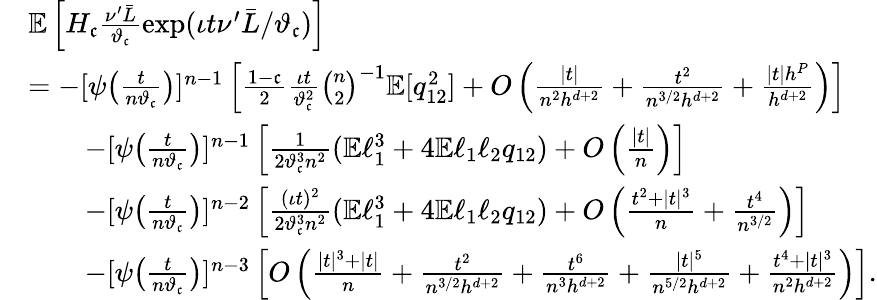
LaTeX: \begin{array}{rl}&{\mathbb{E}\left[H_{\mathfrak{c}}\frac{\nu^{\prime}\bar{L}}{\vartheta_{\mathfrak{c}}}\exp(\iota t\nu^{\prime}\bar{L}/\vartheta_{\mathfrak{c}})\right]}\\ &{=-[\psi\big(\frac{t}{n\vartheta_{\mathfrak{c}}}\big)]^{n-1}\left[\frac{1-\mathfrak{c}}{2}\frac{\iota t}{\vartheta_{\mathfrak{c}}^{2}}\binom{n}{2}^{-1}\mathbb{E}[q_{12}^{2}]+O\left(\frac{|t|}{n^{2}h^{d+2}}+\frac{t^{2}}{n^{3/2}h^{d+2}}+\frac{|t|h^{P}}{h^{d+2}}\right)\right]}\\ &{\qquad-[\psi\big(\frac{t}{n\vartheta_{\mathfrak{c}}}\big)]^{n-1}\left[\frac{1}{2\vartheta_{\mathfrak{c}}^{3}n^{2}}(\mathbb{E}\ell_{1}^{3}+4\mathbb{E}\ell_{1}\ell_{2}q_{12})+O\left(\frac{|t|}{n}\right)\right]}\\ &{\qquad-[\psi\big(\frac{t}{n\vartheta_{\mathfrak{c}}}\big)]^{n-2}\left[\frac{(\iota t)^{2}}{2\vartheta_{\mathfrak{c}}^{3}n^{2}}(\mathbb{E}\ell_{1}^{3}+4\mathbb{E}\ell_{1}\ell_{2}q_{12})+O\left(\frac{t^{2}+|t|^{3}}{n}+\frac{t^{4}}{n^{3/2}}\right)\right]}\\ &{\qquad-[\psi\big(\frac{t}{n\vartheta_{\mathfrak{c}}}\big)]^{n-3}\left[O\left(\frac{|t|^{3}+|t|}{n}+\frac{t^{2}}{n^{3/2}h^{d+2}}+\frac{t^{6}}{n^{3}h^{d+2}}+\frac{|t|^{5}}{n^{5/2}h^{d+2}}+\frac{t^{4}+|t|^{3}}{n^{2}h^{d+2}}\right)\right].}\end{array}